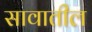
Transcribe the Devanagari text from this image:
सावातील